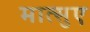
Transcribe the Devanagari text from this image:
मात्सुए